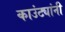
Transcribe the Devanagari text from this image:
काउंट्यांनी